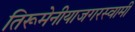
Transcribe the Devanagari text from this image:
तिरूमेनीयाजगरस्वामी